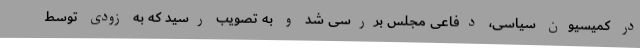
در کمیسیون سیاسی، دفاعی مجلس بررسی شد و به تصویب رسید که به زودی توسط